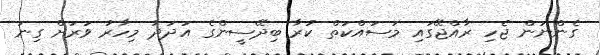
ގެންނަން ޖެހި ރާއްޖޭގައި މަސައްކަތް ކުރާ ބިދޭސީންގެ އަދަދު މިހާރު ވަރަށް ގިނަ